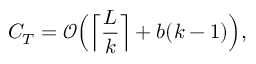
C _ { T } = \mathcal { O } \Big ( \Big \lceil \frac { L } { k } \Big \rceil + b ( k - 1 ) \Big ) ,